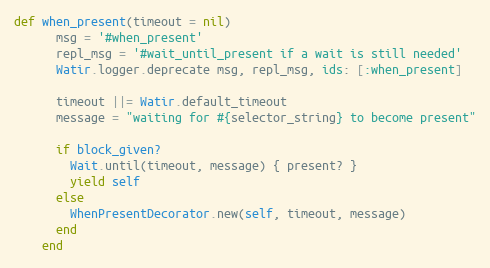
Language: Ruby
def when_present(timeout = nil)
      msg = '#when_present'
      repl_msg = '#wait_until_present if a wait is still needed'
      Watir.logger.deprecate msg, repl_msg, ids: [:when_present]

      timeout ||= Watir.default_timeout
      message = "waiting for #{selector_string} to become present"

      if block_given?
        Wait.until(timeout, message) { present? }
        yield self
      else
        WhenPresentDecorator.new(self, timeout, message)
      end
    end